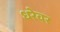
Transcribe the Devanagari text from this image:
धरेवर